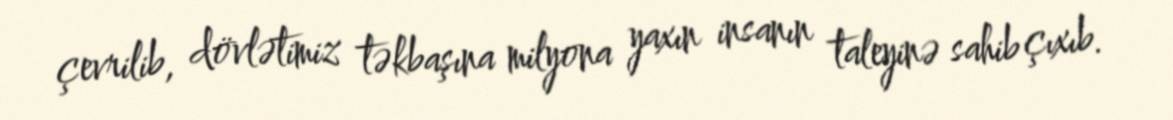
çevrilib, dövlətimiz təkbaşına milyona yaxın insanın taleyinə sahib çıxıb.